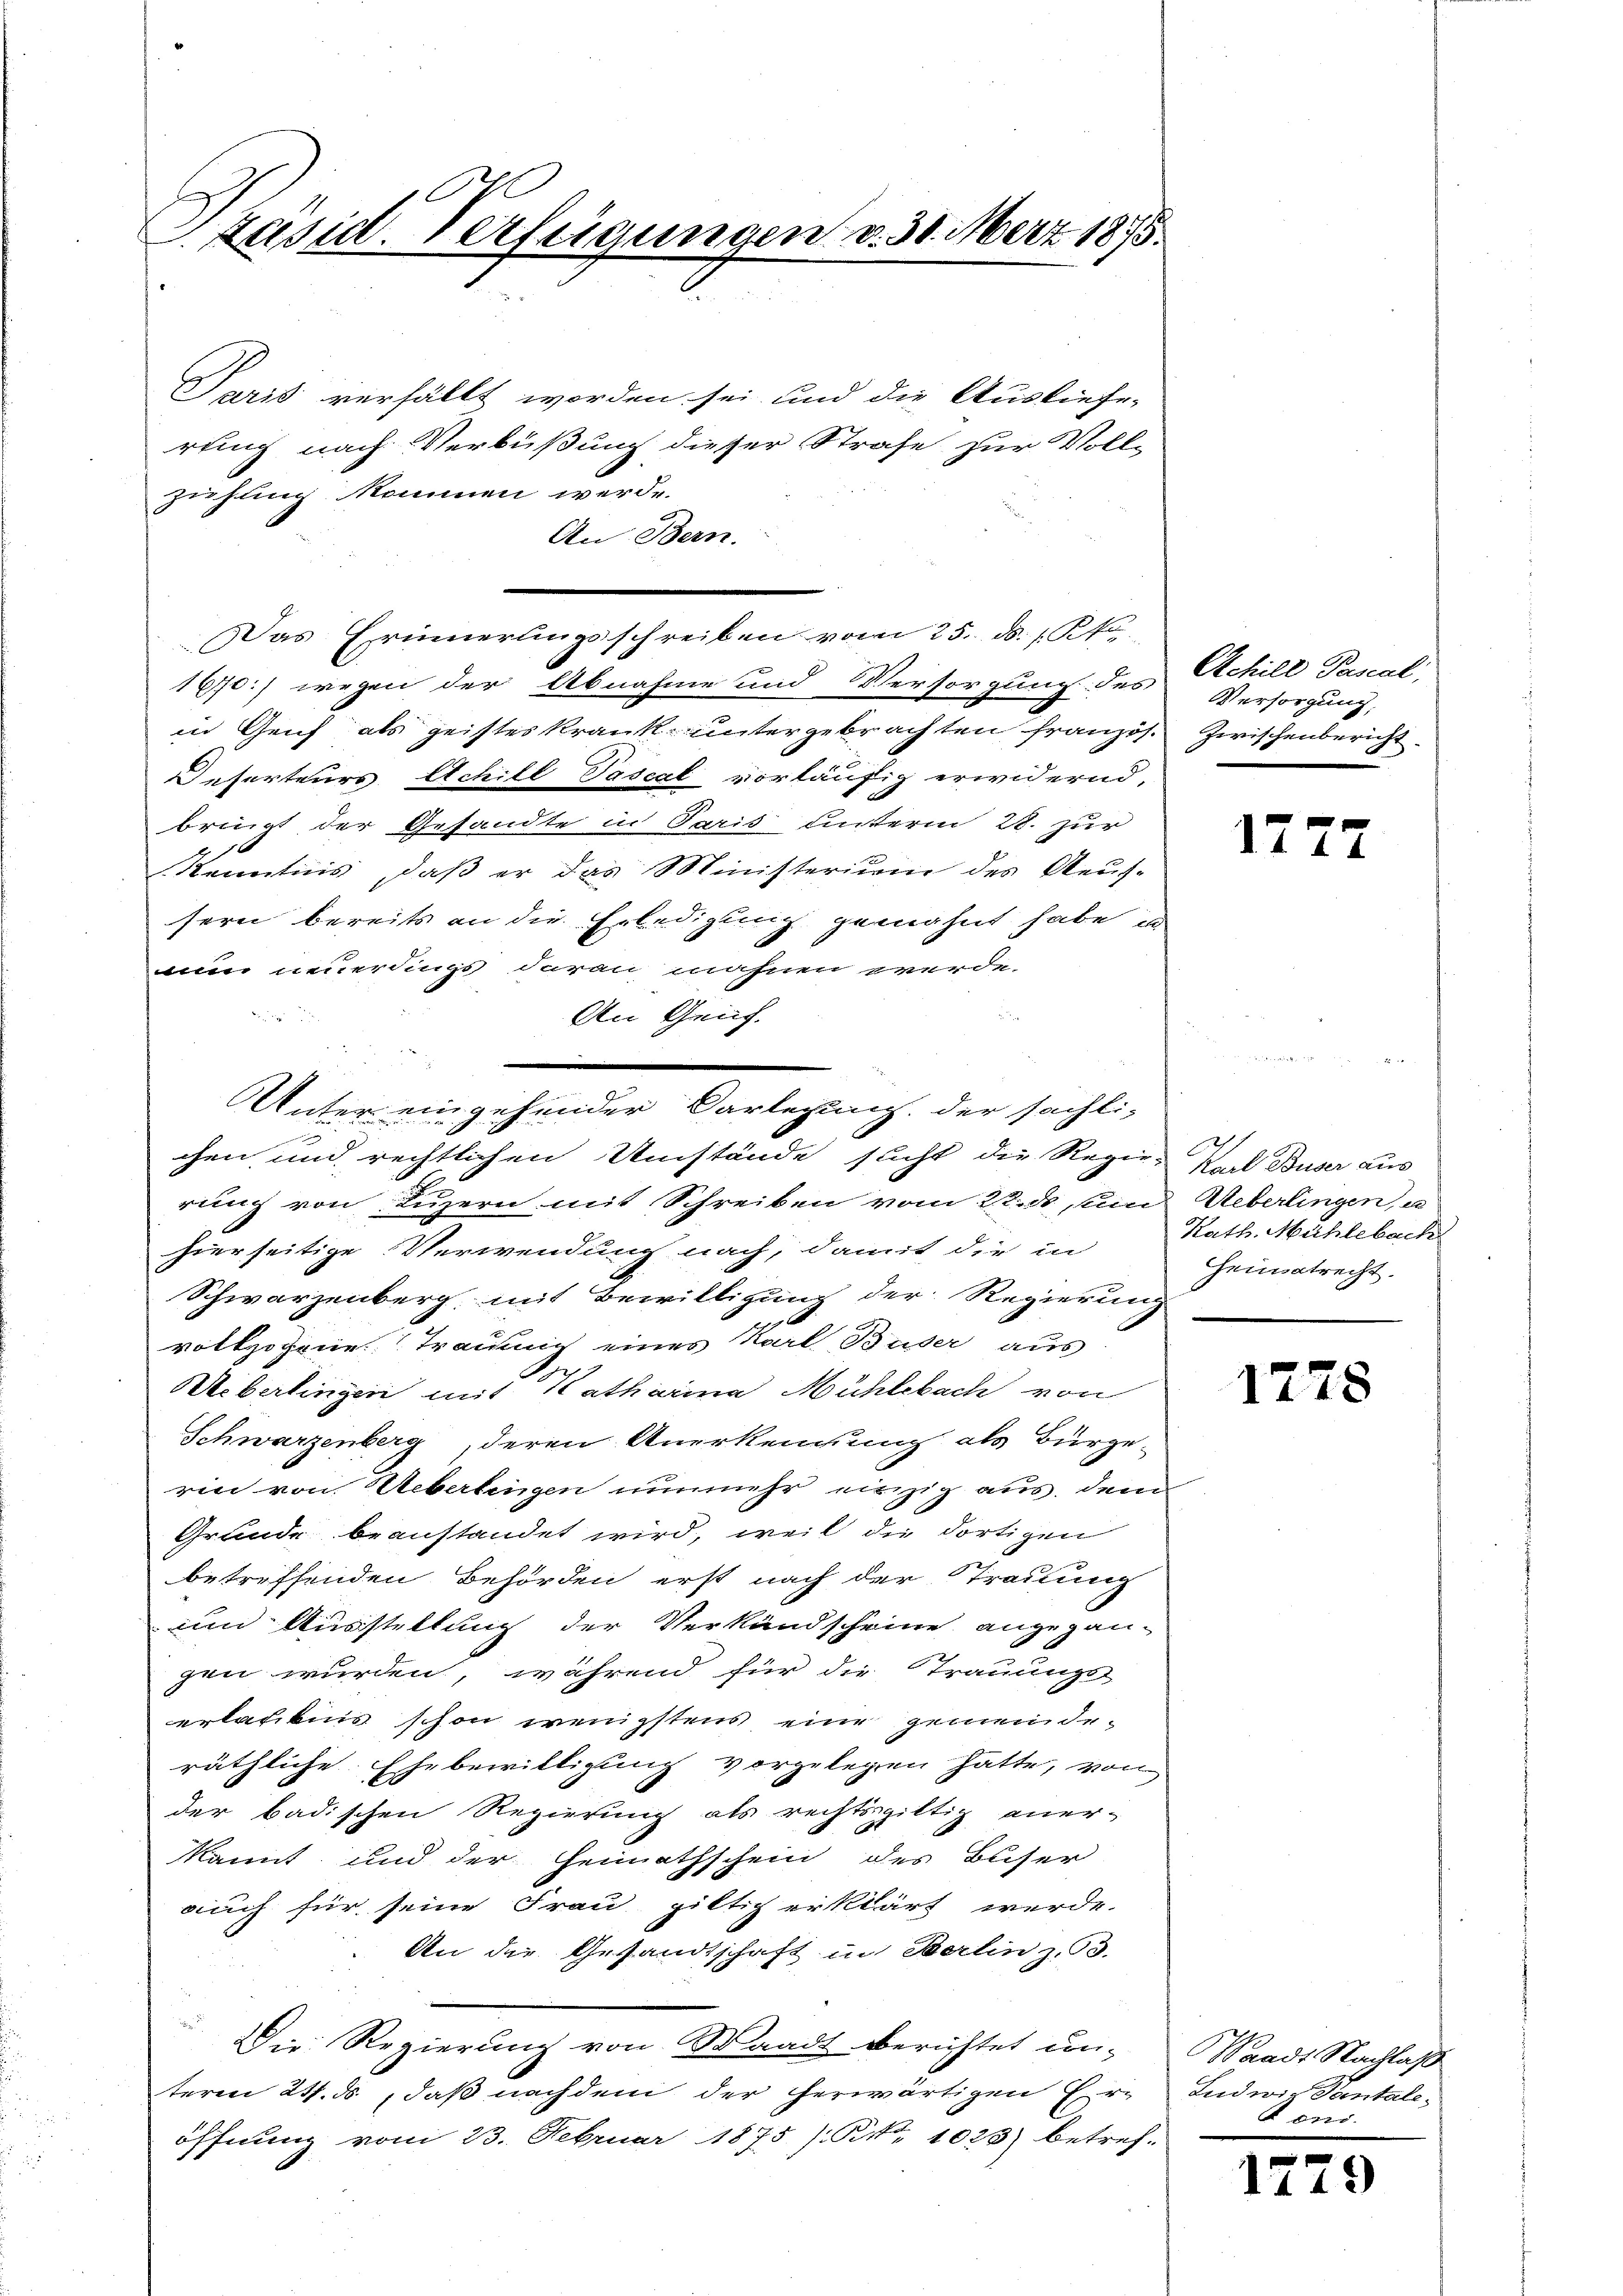
PPäsid. Verfügungen v. 31. März 1875.

Paris verfällt worden sei und die Ausliefe-
rung nach Verbüßung dieser Strafe zur Voll-
zühling kommen werde.
An Bern.
Das Erinnerungsschreiben vom 25. d. 1 Pf
160:) wegen der Abnahme und Versorgung des
in Geich als geisteskrank untergebrachten Französ. Zwischenbericht
Deserteurs Achill Pascal vorläufig erwidernd,
bringt der Gesandte in Paris unterm 28. zur
Kenntnis, daβ er das Ministerium des Aeŭf-
sern bereits an die Erledigung gemahnt habe in
nun neuerdings daran, mahnen werde.
An Genf.
chen und rechtlichen Umstände sucht die Regie-Karl Buser aus
rung von Luzern mit Schreiben vom 22. ds um Ueberlingen, u
hierseitige Verwendung nach, damit die in
Schwarzenberg mit Bewilligung der Regierung
vollzogene Traumig eines Karl Buder aus
Weberlingen mit Katharina Mühlebach von
Schwarzenberg, deren Anerkennung als Bürge
rin von Ueberlingen nunmehr einzig aus, dem
Grunde beanstandet wird, weil die dortigen
betreffenden Behörden erst nach der Trauung
um Ausstellung der Verkandscheine angegan-
gen wurden, während für die Trauungs-
erlaubnis schon wenigstens eine gemeinderäthliche Ehebewilligung vorgelegen hätte, von
der badischen Regierung als rechtsgiltig aner-
kannt und der Heimathschein des Buser
nach für seine Frau giltig erklärt werde.
An der Gesandtschaft in Berlin z. B.
Die Regierung von Waadt berichtet un-
teren 21. ds, daß nachdem der herwärtigen Eröffnung vom 23. Februar 1875 (S. 1023) betref-

Unter eingehender Darlegung der sächli-

Achill Pascal,
Versorgung:

1772

Kath. Mühlebach
Heimatrecht.
e

1778

Waadt Nachlaß
Ludwig Dantaleons.

1729